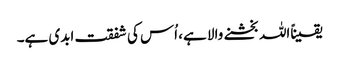
یقیناًاللہ بخشنے والا ہے، اُس کی شفقت ابدی ہے۔